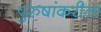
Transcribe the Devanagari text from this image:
पुरुषांकरीता